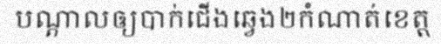
បណ្តាលឲ្យបាក់ជើងឆ្វេង២កំណាត់ខេត្ត